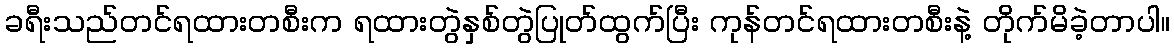
ခရီးသည်တင်ရထားတစီးက ရထားတွဲနှစ်တွဲပြုတ်ထွက်ပြီး ကုန်တင်ရထားတစီးနဲ့ တိုက်မိခဲ့တာပါ။